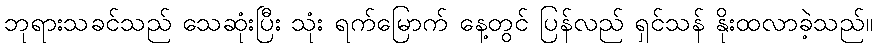
ဘုရားသခင်သည် သေဆုံးပြီး သုံး ရက်မြောက် နေ့တွင် ပြန်လည် ရှင်သန် နိုးထလာခဲ့သည်။